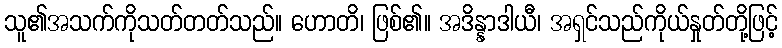
သူ၏အသက်ကိုသတ်တတ်သည်။ ဟောတိ၊ ဖြစ်၏။ အဒိန္နာဒါယီ၊ အရှင်သည်ကိုယ်နှုတ်တို့ဖြင့်